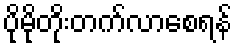
ပိုမိုတိုးတက်လာစေရန်